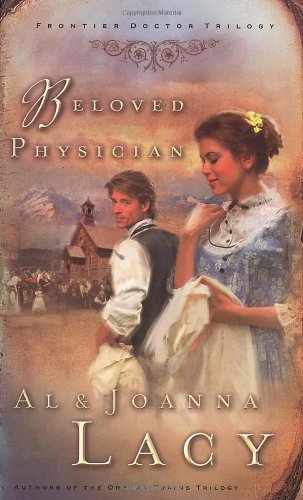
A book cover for Beloved Physician (Frontier Doctor Trilogy #2); Al & Joanna Lacy; Religion & Spirituality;